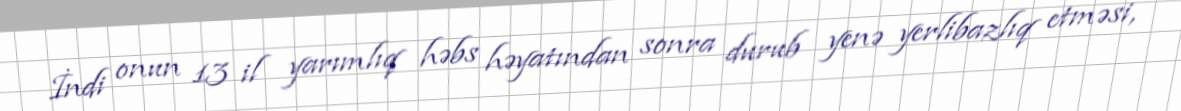
İndi onun 13 il yarımlıq həbs həyatından sonra durub yenə yerlibazlıq etməsi,